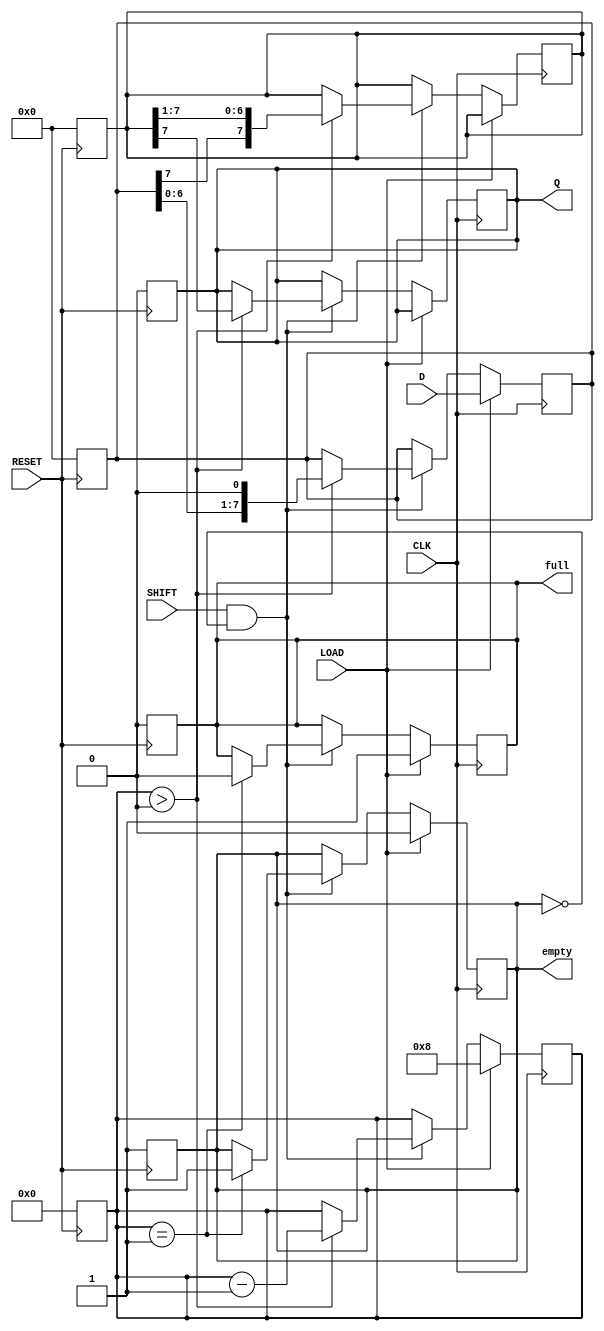
module PISO_Register #(
    parameter WIDTH = 8  // Parameter to define the width of the data
)(
    input wire [WIDTH-1:0] D,    // Parallel data input
    input wire LOAD,              // Load signal
    input wire SHIFT,             // Shift signal
    input wire CLK,               // Clock signal
    input wire RESET,             // Asynchronous reset
    output reg Q,                 // Serial output
    output reg full,              // Full flag (optional)
    output reg empty              // Empty flag (optional)
);

    reg [WIDTH-1:0] input_reg;    // Stage 1: Input register
    reg [WIDTH-1:0] output_reg;   // Stage 2: Output register
    reg [3:0] shift_count;         // Counter for the number of shifts

    // Asynchronous reset
    always @(posedge RESET) begin
        input_reg <= 0;
        output_reg <= 0;
        Q <= 0;
        full <= 0;
        empty <= 1; // Initially empty
        shift_count <= 0;
    end

    // Load data into the input register
    always @(posedge CLK) begin
        if (LOAD) begin
            input_reg <= D;  // Load parallel data
            full <= 1;       // Mark as full after loading
            empty <= 0;      // Mark as not empty
            shift_count <= WIDTH;  // Set shift count to width
        end
        // Shift data from input register to output register
        else if (SHIFT && !empty) begin
            if (shift_count > 0) begin
                output_reg <= {input_reg[WIDTH-1], output_reg[WIDTH-1:1]}; // Shift left
                Q <= output_reg[WIDTH-1]; // Serial output is the MSB
                input_reg <= {input_reg[WIDTH-2:0], 1'b0}; // Shift input register
                shift_count <= shift_count - 1; // Decrement shift count
            end
            // Update empty and full flags
            if (shift_count == 1) begin
                empty <= 1; // Mark as empty after last shift
                full <= 0;  // Mark as not full
            end
        end
    end

endmodule